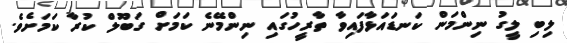
ލިބި ލީގު ނިންމަން ކަނޑައަޅާފައިވާ ތާރީހުގައި ނިންމޭނެ ކަމަށް ގަބޫލް ކުރާ ކަމަށެވެ.